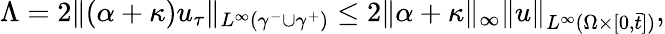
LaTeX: \Lambda=2\| (\alpha+\kappa)u_{\tau}\| _{L^{\infty}(\gamma^{-}\cup\gamma^{+})}\leq 2\| \alpha+\kappa\| _{\infty}\| u\| _{L^{\infty}(\Omega\times[0,\bar{t}])},